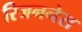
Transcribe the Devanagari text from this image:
रिजननेस